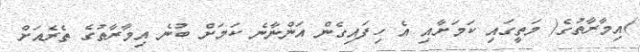
)އިމާރާތުގެ( މަތީގައި ކަމަށާއި އެ ހިފައިގެން އަންނާނެ ކަމަށް ބުނެ އިމާރާތުގެ ތެރެއަށް